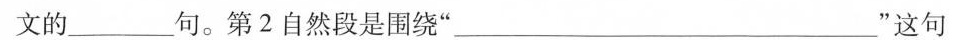
文的_________句。第2自然段是围绕“_________”这句